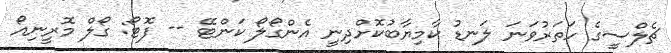
ޗެލްސީގެ ހަތަރުވަނަ ލަނޑު ކާމިޔާބުކޮށްދިނީ އެންގޯލޯ ކަންޓޭ -- ފޮޓޯ: ގޯލް މޮރީނިއޯ